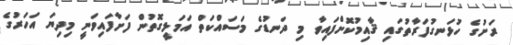
ރަށުގެ ހުޅަނގުފަރާތުގައި ޤާއިމުކޮށްފައިވާ މި ދަނޑުގެ މަސައްކަތް އަމަލީގޮތުން ފަށާފައިވަނީ މިދިޔަ އަހަރުގެ